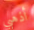
أذهبي